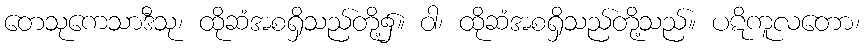
တေသုကေသာဒီသု၊ ထိုဆံအစရှိသည်တို့၌။ ဝါ၊ ထိုဆံအစရှိသည်တို့သည်။ ပဋိကူလတော၊